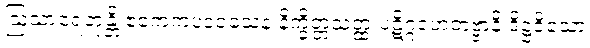
ဩသာရေတုန္တိ ဧကေကပဒဝသေန နိက္ခိတ္တသတ္ထံ ပဋိဂ္ဂဟေတဗ္ဗာနိ ဒိဋ္ဌဝိသော